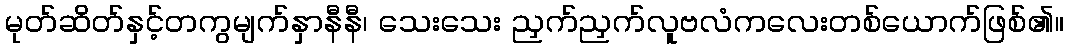
မုတ်ဆိတ်နှင့်တကွမျက်နှာနီနီ၊ သေးသေး ညှက်ညှက်လူဗလံကလေးတစ်ယောက်ဖြစ်၏။